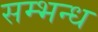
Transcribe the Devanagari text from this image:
सम्भन्ध